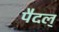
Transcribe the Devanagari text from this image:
पैदल्